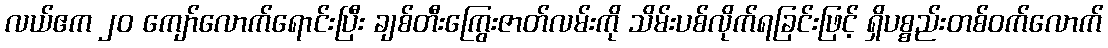
လယ်ဧက ၂၀ ကျော်လောက်ရောင်းပြီး ချစ်တီးကြွေးဇာတ်လမ်းကို သိမ်းပစ်လိုက်ရခြင်းဖြင့် ရှိပစ္စည်းတစ်ဝက်လောက်